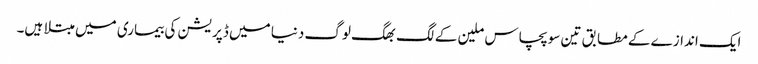
ایک اندازے کے مطابق تین سو پچاس ملین کے لگ بھگ لوگ دنیا میں ڈپریشن کی بیماری میں مبتلا ہیں۔